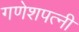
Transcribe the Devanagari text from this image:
गणेशपत्नी